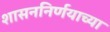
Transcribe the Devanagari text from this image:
शासननिर्णयाच्या